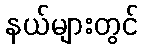
နယ်များတွင်